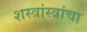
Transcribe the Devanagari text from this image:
शस्त्रांस्त्रांचा